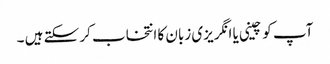
آپ کو چینی یا انگریزی زبان کا انتخاب کر سکتے ہیں ۔